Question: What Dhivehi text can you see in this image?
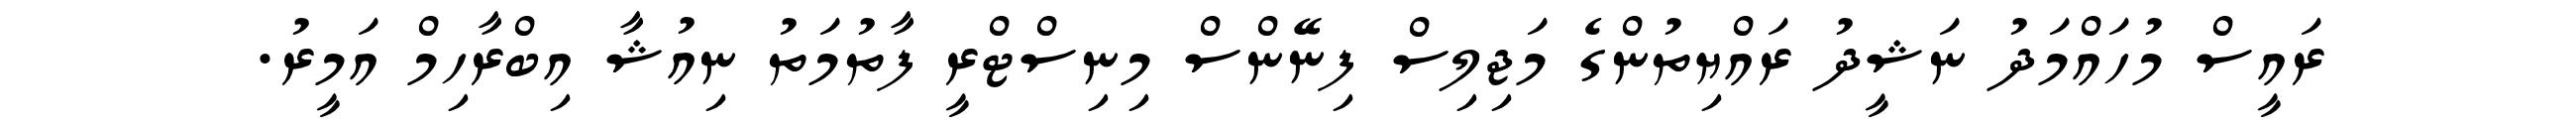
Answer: ރައީސް މުހައްމަދު ނަޝީދު ރައްޔިތުންގެ މަޖިލިސް ފިނޭންސް މިނިސްޓްރީ ފާތުމަތު ނިއުޝާ އިބްރާހިމް އަމީރު.